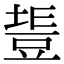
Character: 𧯧